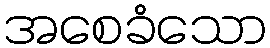
အစေခံသော